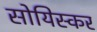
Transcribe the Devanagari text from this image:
सोयिस्कर